Lunatic asylums Punjab 1911-1921 - 1911-1921
Year: 1911
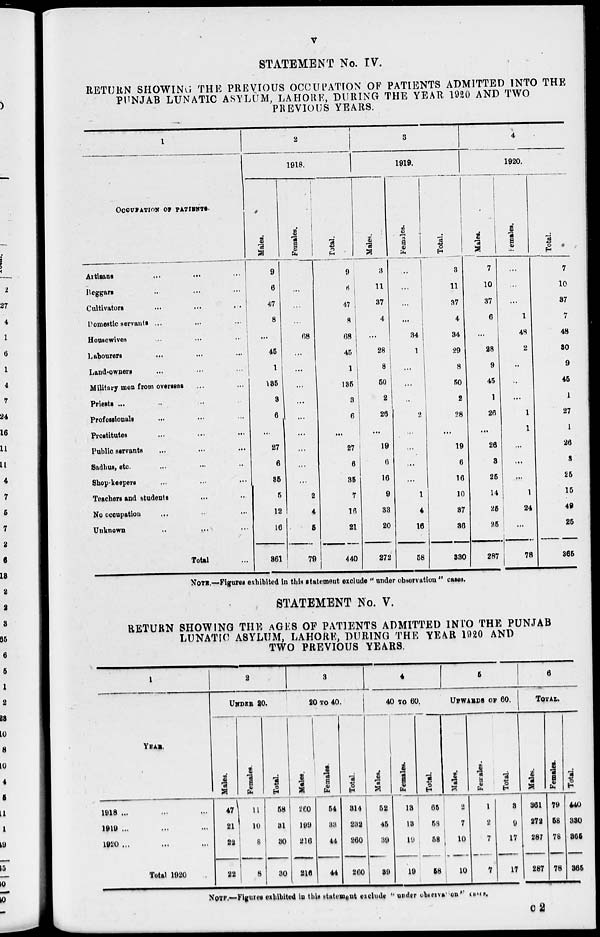
v
STATEMENT No. IV.
RETURN SHOWING THE PREVIOUS OCCUPATION OF PATIENTS ADMITTED INTO THE
PUNJAB LUNATIC ASYLUM, LAHORE, DURING THE YEAR 1920 AND TWO
PREVIOUS YEARS.
1
OCCUPATION OF PATIENTS.
Artisans ... ... ...
Beggars ... ... ...
Cultivators ... ... ...
Domestic servants ... ... ...
Housewives ... ... ...
Labourers ... ... ...
Land-owners ... ... ...
Military men from overseas ... ...
Priests ... ... ...
Professionals ... ... ...
Prostitutes ... ... ...
Public servants ... ... ...
Sadhus, etc. ... ... ...
Shop-keepers ... ... ...
Teachers and students ... ...
No occupation ... ... ...
Unknown ... ... ...
Total ...
2
1918.
Males.
9
6
47
8
...
45
1
135
3
6
...
27
6
35
5
12
16
361
Females.
...
...
...
...
68
...
...
...
...
...
...
...
...
...
2
4
5
79
Total.
9
6
47
8
68
45
1
135
3
6
...
27
6
35
7
16
21
440
3
1919.
Males.
3
11
37
4
...
28
8
50
2
26
...
19
6
16
9
33
20
272
Females.
...
...
...
...
34
1
...
...
..
2
...
...
...
...
1
4
16
58
Total.
3
11
37
4
34
29
8
50
2
28
...
19
6
16
10
37
36
330
4
1920.
Males.
7
10
37
6
...
28
9
45
1
26
...
26
8
25
14
25
25
287
Females.
...
...
...
1
48
2
...
...
...
1
1
...
...
...
1
24
...
78
Total.
7
10
37
7
48
30
9
45
1
27
1
26
8
25
15
49
25
365
NOTE.—Figures exhibited in this statement exclude " under observation " cases.
STATEMENT No. V.
RETURN SHOWING THE AGES OF PATIENTS ADMITTED INTO THE PUNJAB
LUNATIC ASYLUM, LAHORE, DURING THE YEAR 1920 AND
TWO PREVIOUS YEARS.
1
YEAR.
1918 ... ... ...
1919 ... ... ...
1920 ... ... ...
Total 1920
2
UNDER 20.
Males.
47
21
22
22
Females.
11
10
8
8
Total.
58
31
30
30
3
20 TO 40.
Males.
260
199
216
216
Females.
54
33
44
44
Total.
314
232
260
260
4
40 TO 60.
Males.
52
45
39
39
Females.
13
13
19
19
Total.
65
58
58
58
5
UPWARDS OF 60.
Males.
2
7
10
10
Females.
1
2
7
7
Total.
3
9
17
17
6
TOTAL.
Males.
361
272
287
287
Females.
79
58
78
78
Total.
440
330
365
365
NOTE.—Figures exhibited in this statement exclude " under observation" cases.
c2